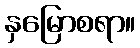
နှမြောစရာ။